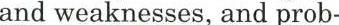
and weaknesses, and prob-